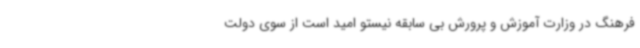
فرهنگ در وزارت آموزش و پرورش بی سابقه نیستو امید است از سوی دولت